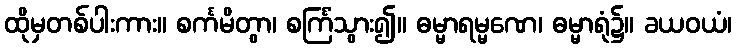
ထိုမှတစ်ပါးကား။ စင်္ကမိတွာ၊ စင်္ကြံသွား၍။ ဓမ္မာရမ္မဏေ၊ ဓမ္မာရုံ၌။ ခယဝယံ၊